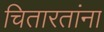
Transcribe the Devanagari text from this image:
चितारतांना